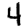
Digit: 4